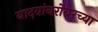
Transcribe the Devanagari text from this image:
यादवांबरोबरच्या